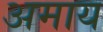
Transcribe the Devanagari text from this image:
अमाय